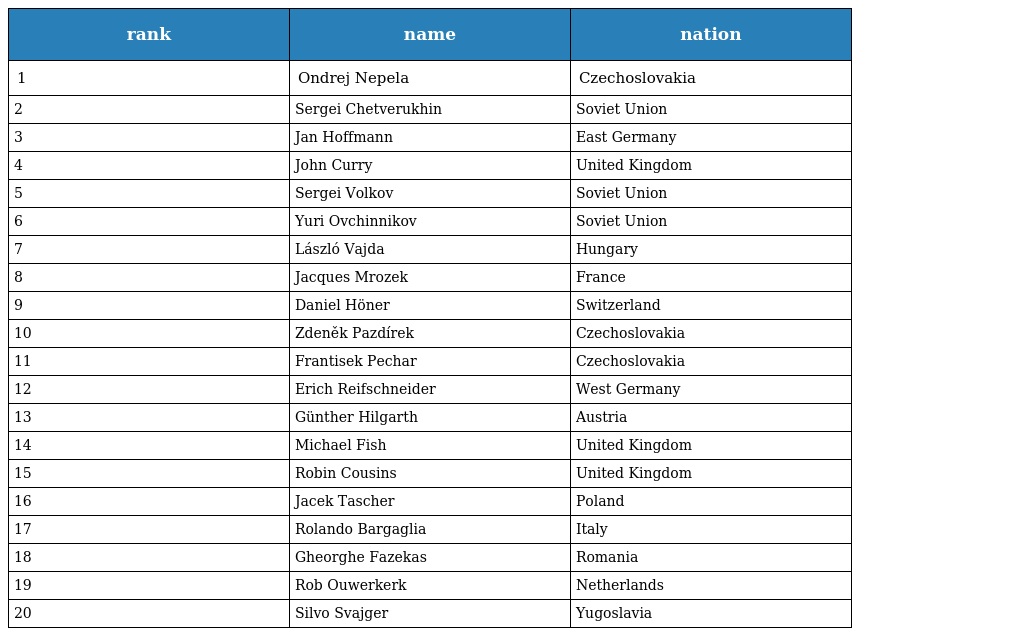
| rank | name | nation |
 | --- | --- | --- |
 | 1 | Ondrej Nepela | Czechoslovakia |
 | 2 | Sergei Chetverukhin | Soviet Union |
 | 3 | Jan Hoffmann | East Germany |
 | 4 | John Curry | United Kingdom |
 | 5 | Sergei Volkov | Soviet Union |
 | 6 | Yuri Ovchinnikov | Soviet Union |
 | 7 | László Vajda | Hungary |
 | 8 | Jacques Mrozek | France |
 | 9 | Daniel Höner | Switzerland |
 | 10 | Zdeněk Pazdírek | Czechoslovakia |
 | 11 | Frantisek Pechar | Czechoslovakia |
 | 12 | Erich Reifschneider | West Germany |
 | 13 | Günther Hilgarth | Austria |
 | 14 | Michael Fish | United Kingdom |
 | 15 | Robin Cousins | United Kingdom |
 | 16 | Jacek Tascher | Poland |
 | 17 | Rolando Bargaglia | Italy |
 | 18 | Gheorghe Fazekas | Romania |
 | 19 | Rob Ouwerkerk | Netherlands |
 | 20 | Silvo Svajger | Yugoslavia |